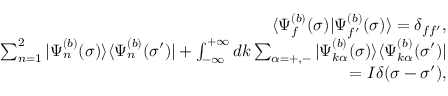
\begin{array} { r l r } & { } & { \langle \Psi _ { f } ^ { ( b ) } ( \sigma ) | \Psi _ { f ^ { \prime } } ^ { ( b ) } ( \sigma ) \rangle = \delta _ { f f ^ { \prime } } , } \\ & { } & { \sum _ { n = 1 } ^ { 2 } | \Psi _ { n } ^ { ( b ) } ( \sigma ) \rangle \langle \Psi _ { n } ^ { ( b ) } ( \sigma ^ { \prime } ) | + \int _ { - \infty } ^ { + \infty } d k \sum _ { \alpha = + , - } | \Psi _ { k \alpha } ^ { ( b ) } ( \sigma ) \rangle \langle \Psi _ { k \alpha } ^ { ( b ) } ( \sigma ^ { \prime } ) | } \\ & { } & { = I \delta ( \sigma - \sigma ^ { \prime } ) , } \end{array}